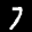
Label: 7